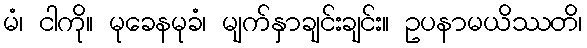
မံ၊ ငါကို။ မုခေနမုခံ၊ မျက်နှာချင်းချင်း။ ဥပနာမယိဿတိ၊